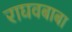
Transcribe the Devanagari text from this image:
राघवबाबा